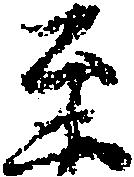
至